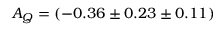
A _ { Q } = ( - 0 . 3 6 \pm 0 . 2 3 \pm 0 . 1 1 ) \